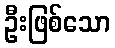
ဦးဖြစ်သော